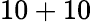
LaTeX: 10+10